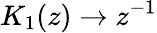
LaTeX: K_{1}(z)\to z^{-1}